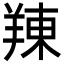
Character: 䍶